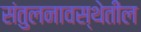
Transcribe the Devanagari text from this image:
संतुलनावस्थेतील